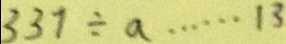
3 3 7 \div a \cdots 1 3